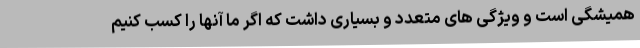
همیشگی است و ویژگی های متعدد و بسیاری داشت که اگر ما آنها را کسب کنیم